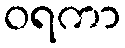
ဝရကာ